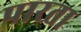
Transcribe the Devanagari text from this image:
पारता